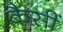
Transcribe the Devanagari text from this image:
कैसीं